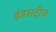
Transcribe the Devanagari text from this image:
इंडसट्रीज